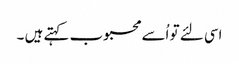
اسی لئے تو اُسے محبوب کہتے ہیں ۔